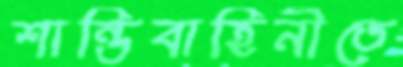
শান্তিবাহিনীতে